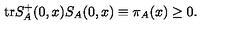
\mathrm { t r } S _ { A } ^ { + } ( 0 , x ) S _ { A } ( 0 , x ) \equiv \pi _ { A } ( x ) \geq 0 .